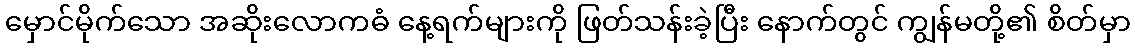
မှောင်မိုက်သော အဆိုးလောကဓံ နေ့ရက်များကို ဖြတ်သန်းခဲ့ပြီး နောက်တွင် ကျွန်မတို့၏ စိတ်မှာ